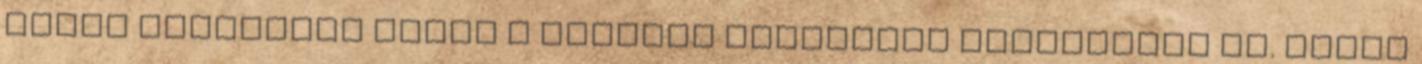
képes ﬁgyelembe venni a lokális ökológiai tényezőket is. Erről